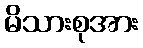
မိသားစုအား